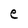
Character: e